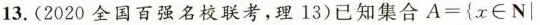
13.(2020全国百强名校联考，理13)已知集合A=\{x\in N|